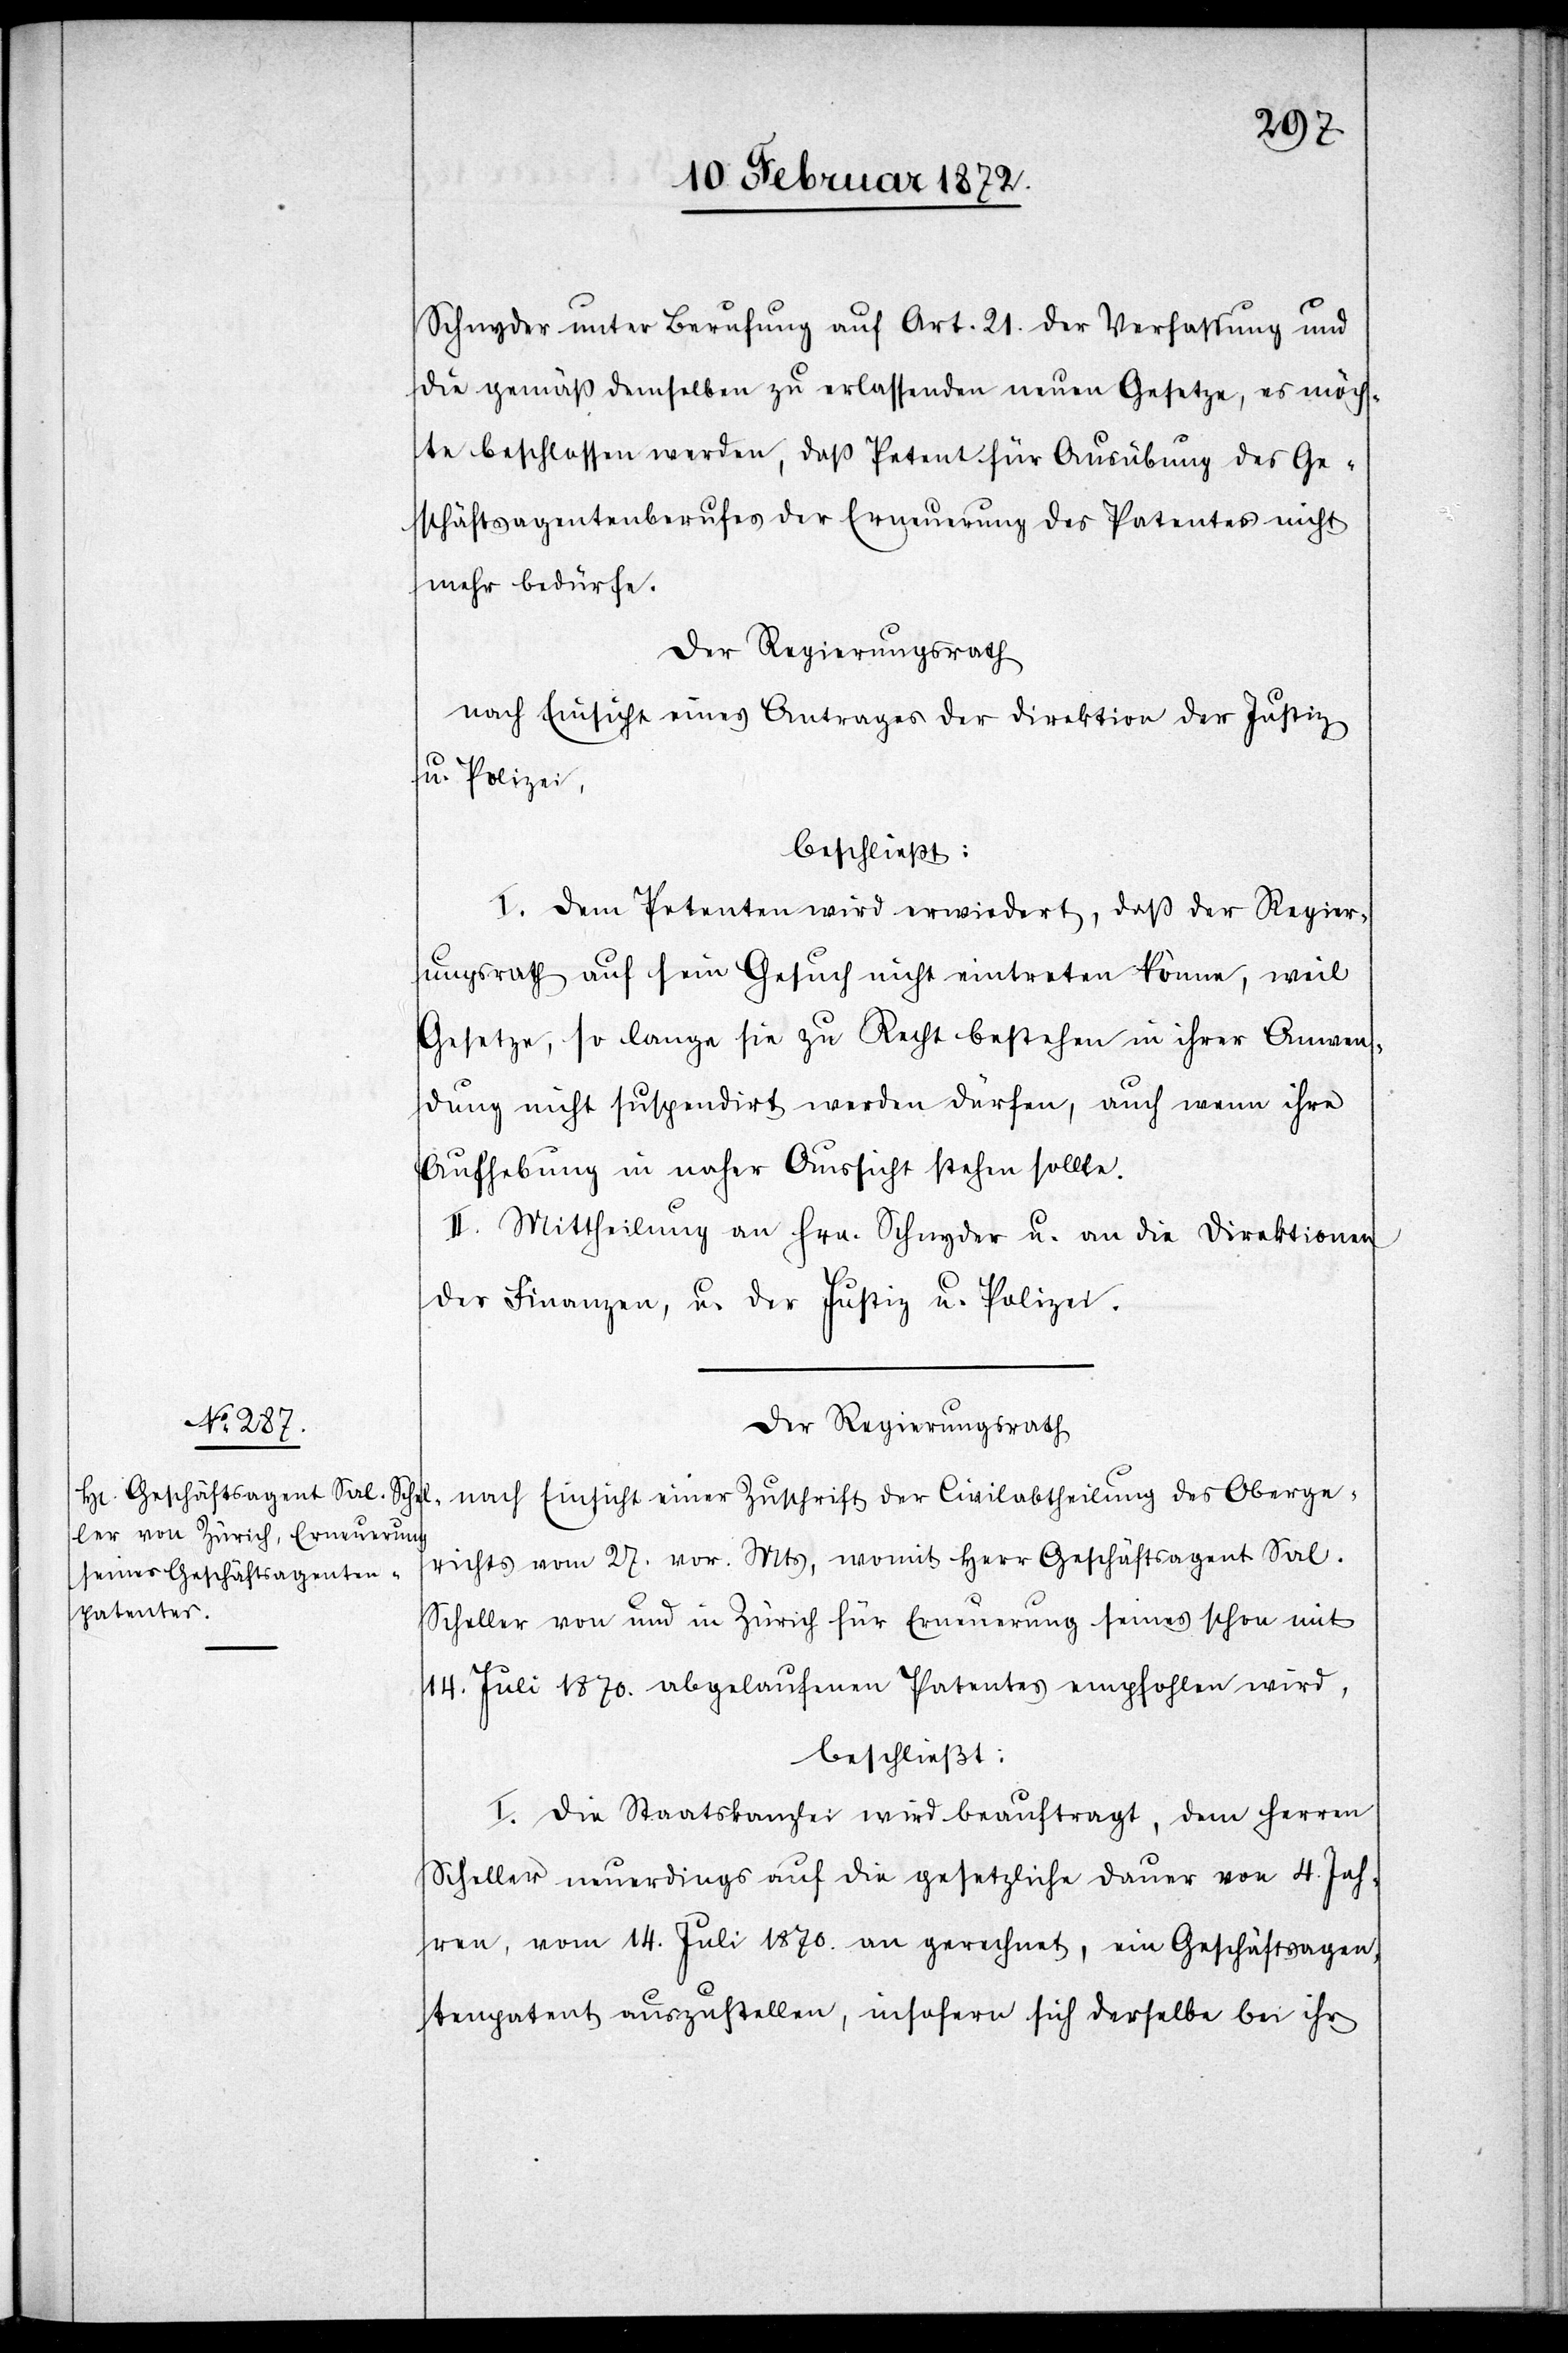
Schnyder unter Berufung auf Art. 21. der Verfassung und
die gemäß demselben zu erlassenden neuen Gesetze, es möch¬
te beschlossen werden, daß Petent für Ausübung des Ge¬
schäftsagentenberufes der Erneuerung des Patentes nicht
mehr bedürfe.
Der Regierungsrath
nach Einsicht eines Antrages der Civilabtheilung des Oberg¬
u. Polizei,
beschließt:
I. Dem Petenten wird erwiedert, daß der Regier¬
ungsrath auf sein Gesuch nicht eintreten könne, weil
Gesetze, so lange sie zu Recht bestehen in ihrer Anwen¬
dung nicht suspendirt werden dürfen, auch wenn ihre
Aufhebung in naher Aussicht stehen sollte.
II. Mittheilung an Hrn. Schnyder u. an die Direktionen
der Finanzen, u. der Justiz u. Polizei.
erichts vom 27. vor. Mts, womit Herr Geschäftsagent Sal.
Scheller von und in Zürich für Erneuerung seines schon mit
14. Juli 1870. abgelaufenen Patentes empfohlen wird,
beschließt:
I. Die Staatskanzlei wird beauftragt, dem Herren
Scheller neuerdings auf die gesetzliche Dauer von 4. Jah¬
ren, vom 14. Juli 1870. an gerechnet, ein Geschäftsagen¬
tenpatent auszustellen, insofern sich derselbe bei ihr